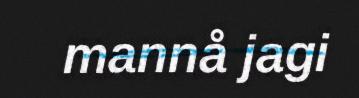
mannå jagi